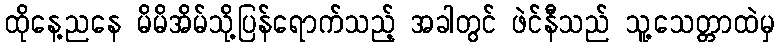
ထိုနေ့ညနေ မိမိအိမ်သို့ပြန်ရောက်သည့် အခါတွင် ဖဲင်နီသည် သူ့သေတ္တာထဲမှ